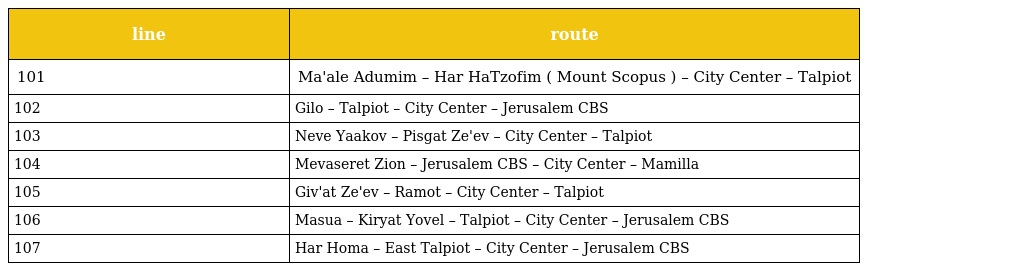
| line | route |
 | --- | --- |
 | 101 | Ma'ale Adumim – Har HaTzofim ( Mount Scopus ) – City Center – Talpiot |
 | 102 | Gilo – Talpiot – City Center – Jerusalem CBS |
 | 103 | Neve Yaakov – Pisgat Ze'ev – City Center – Talpiot |
 | 104 | Mevaseret Zion – Jerusalem CBS – City Center – Mamilla |
 | 105 | Giv'at Ze'ev – Ramot – City Center – Talpiot |
 | 106 | Masua – Kiryat Yovel – Talpiot – City Center – Jerusalem CBS |
 | 107 | Har Homa – East Talpiot – City Center – Jerusalem CBS |